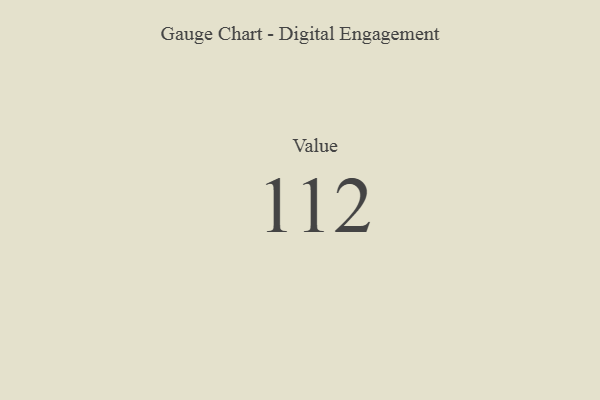
{"axis": {"x": "Metric", "y": "Value"}, "legend": [""], "data": [{"x": "Value", "y": 112, "type": ""}]}